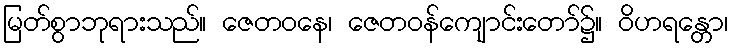
မြတ်စွာဘုရားသည်။ ဇေတဝနေ၊ ဇေတဝန်ကျောင်းတော်၌။ ဝိဟရန္တော၊